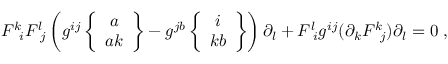
F ^ { k } \! _ { i } F ^ { l } \! _ { j } \left( g ^ { i j } \left\{ \begin{array} { c } { { a } } \\ { { a k } } \end{array} \right\} - g ^ { j b } \left\{ \begin{array} { c } { { i } } \\ { { k b } } \end{array} \right\} \right) \partial _ { l } + F ^ { l } \! _ { i } g ^ { i j } ( \partial _ { k } F ^ { k } \! _ { j } ) \partial _ { l } = 0 \; ,